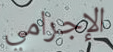
الإجرامي